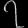
Digit: ၇